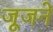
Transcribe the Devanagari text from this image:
जूजने